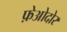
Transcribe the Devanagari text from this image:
फ़ेओदोर